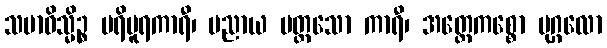
သမာဓိသ္မိဉ္စ ပရိပူရကာရီ၊ ပညာယ မတ္တသော ကာရီ၊ အတ္ထေကစ္စော ပုဂ္ဂလော